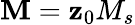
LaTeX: \textbf{M}=\textbf{z}_{0}M_{s}